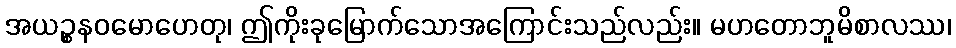
အယဉ္စနဝမောဟေတု၊ ဤကိုးခုမြောက်သောအကြောင်းသည်လည်း။ မဟတောဘူမိစာလဿ၊